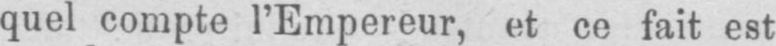
quel compte l’Empereur, et ce fait est